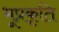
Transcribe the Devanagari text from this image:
भूप्रकृति